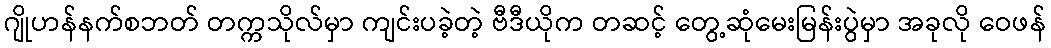
ဂျိုဟန်နက်စဘတ် တက္ကသိုလ်မှာ ကျင်းပခဲ့တဲ့ ဗီဒီယိုက တဆင့် တွေ့ဆုံမေးမြန်းပွဲမှာ အခုလို ဝေဖန်